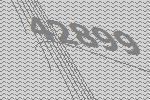
42899